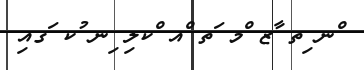
ްނ ިތ ާޒ ްމ ަތ ްއ ްކލި ިނ ުކ ަގއި